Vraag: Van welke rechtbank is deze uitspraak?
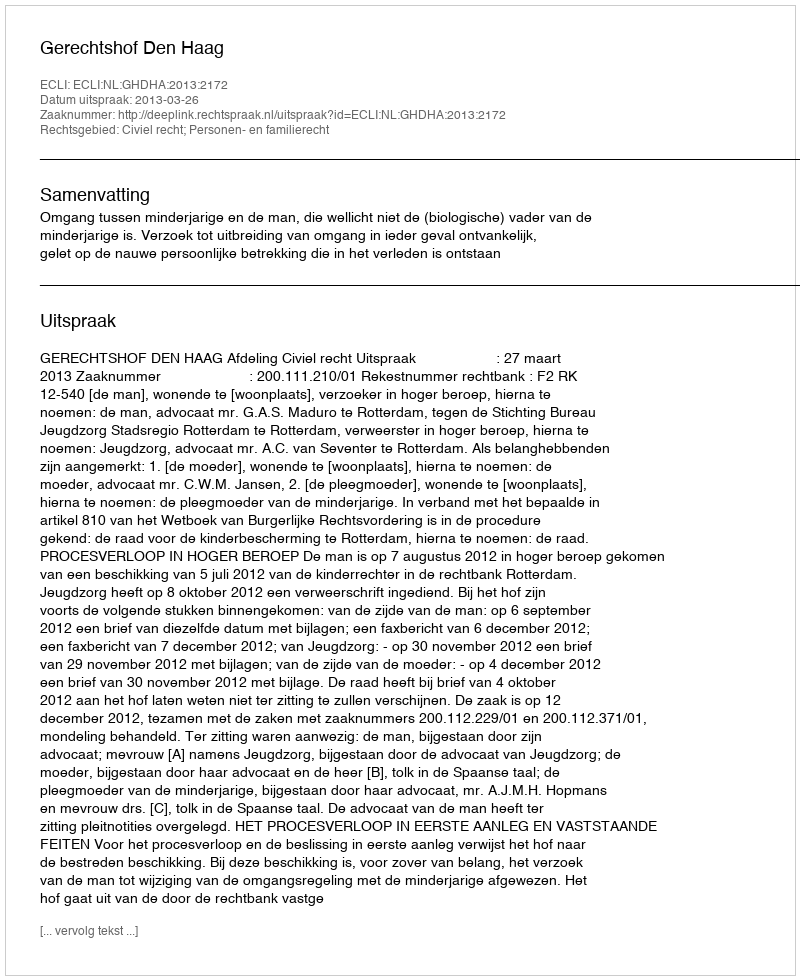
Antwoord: Gerechtshof Den Haag